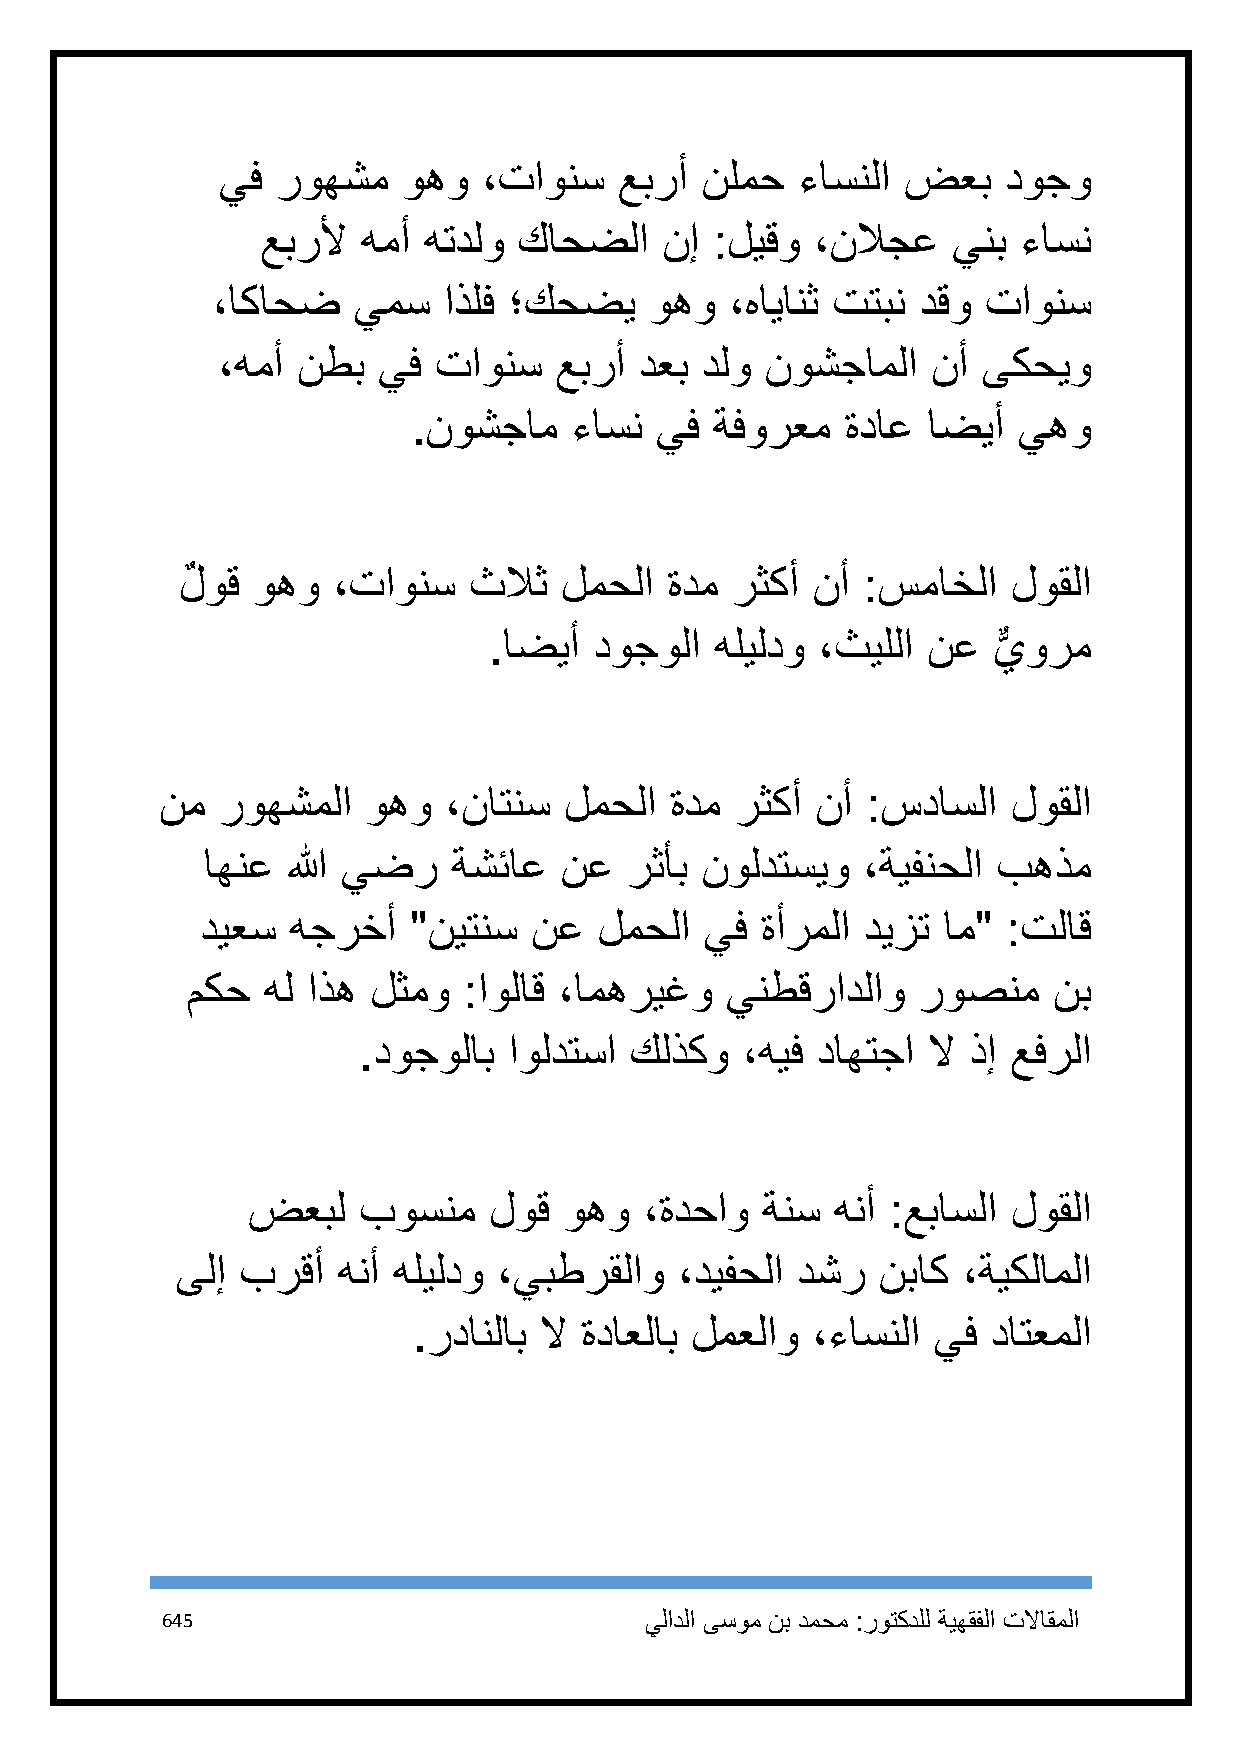
يف روهشم    وهو  ،تاونس   عبرأ نلمح   ءاسنلا ضعب    دوجو
 عبرلأ  همأ هتدلو كاحضلا    نإ :ليقو  ،نلاجع   ينب  ءاسن
 ،اكاحض   يمس   اذلف ؛كحضي    وهو  ،هايانث تتبن دقو تاونس
 ،همأ  نطب  يف  تاونس   عبرأ دعب دلو  نوشجاملا   نأ ىكحيو
 .نوشجام    ءاسن يف  ةفورعم   ةداع اضيأ  يهو
 لٌ وق وهو ،تاونس   ثلاث  لمحلا  ةدم رثكأ  نأ :سماخلا   لوقلا
 .اضيأ  دوجولا  هليلدو ،ثيللا نع   يورم
 ٌّ
 نم روهشملا   وهو  ،ناتنس  لمحلا  ةدم  رثكأ نأ :سداسلا   لوقلا
 اهنع  الله يضر   ةشئاع  نع  رثأب نولدتسيو   ،ةيفنحلا بهذم
 ديعس  هجرخأ   "نيتنس  نع   لمحلا  يف ةأرملا ديزت ام"  :تلاق
 مكح  هل اذه  لثمو  :اولاق ،امهريغو  ينطقرادلاو   روصنم    نب
 .دوجولاب  اولدتسا كلذكو  ،هيف داهتجا لا ذإ عفرلا
 ضعبل    بوسنم   لوق  وهو   ،ةدحاو ةنس  هنأ :عباسلا لوقلا
 ىلإ برقأ  هنأ هليلدو ،يبطرقلاو   ،ديفحلا دشر  نباك  ،ةيكلاملا
 .ردانلاب لا ةداعلاب لمعلاو ،ءاسنلا يف  داتعملا
 645                             يلادلا ىسوم نب دمحم :روتكدلل ةيهقفلا تلااقملا